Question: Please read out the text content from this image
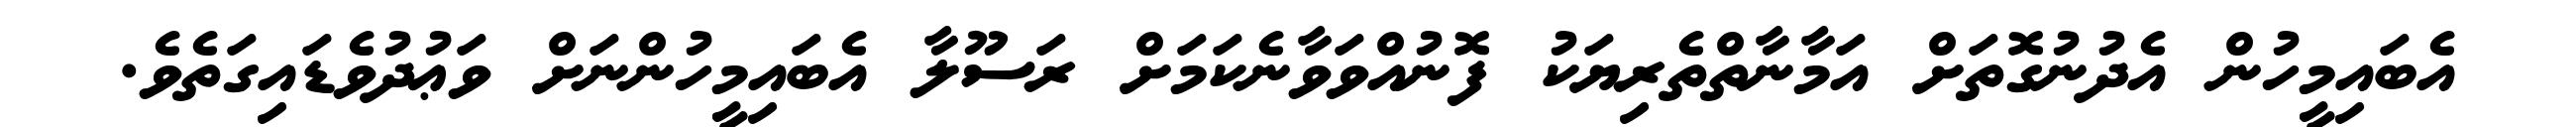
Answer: އެބައިމީހުން އެދުނުގޮތަށް އަމާނާތްތެރިޔަކު ފޮނުއްވަވާނެކަމަށް ރަސޫލާ އެބައިމީހުންނަށް ވަޢުދުވެޑައިގަތެވެ.